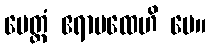
မေတ္တံ ဧရာပထေဟိ မေ။